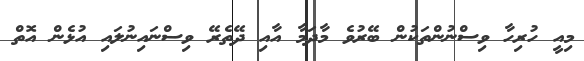
މިއީ ހުރިހާ ވިސްނުންތަކުން ބޭރުވެ މާދަމާ އާއި ދޭތެރޭ ވިސްނައިނުލައި އުޅެން އޮތް